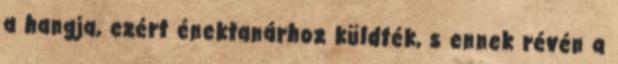
a hangja, ezért énektanárhoz küldték, s ennek révén a